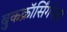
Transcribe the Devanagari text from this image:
बुकक्रॉर्सिंगपेक्षा